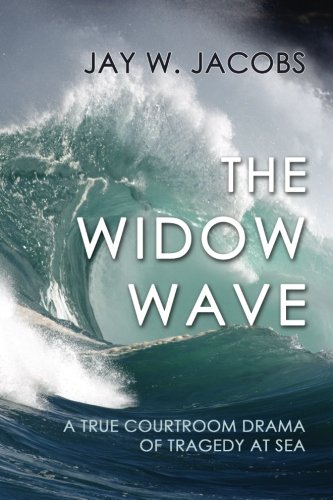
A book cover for The Widow Wave: A True Courtroom Drama of Tragedy at Sea; Jay W. Jacobs; Law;